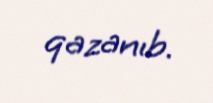
qazanıb.